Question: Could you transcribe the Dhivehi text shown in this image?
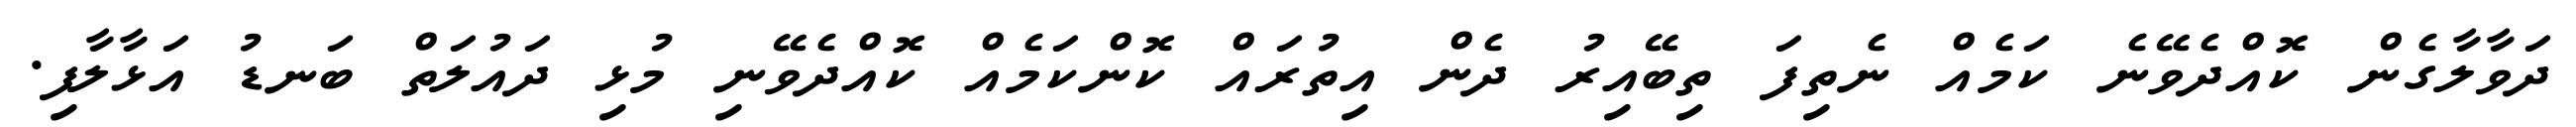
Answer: ދަވާލާގެން ކޮއްދެވޭނެ ކަމެއް ނެތިފަ ތިބޭއިރު ދެން އިތުރައް ކޮންކަމެއް ކޮއްދެވޭނި މުޅި ދައުލަތް ބަނޑު އަޅާލާފި.